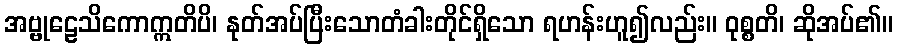
အဗ္ဗုဠေသိကောဣတိပိ၊ နုတ်အပ်ပြီးသောတံခါးတိုင်ရှိသော ရဟန်းဟူ၍လည်း။ ဝုစ္စတိ၊ ဆိုအပ်၏။